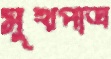
মুখপাত্র